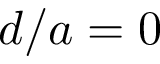
d / a = 0